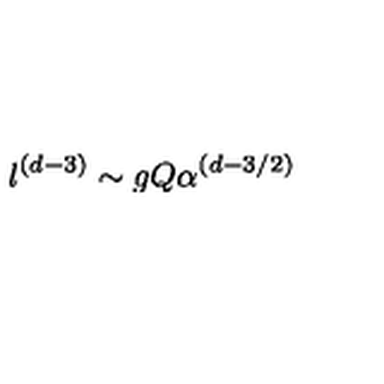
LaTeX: l ^ { ( d - 3 ) } \sim g Q \alpha ^ { ( d - 3 / 2 ) }